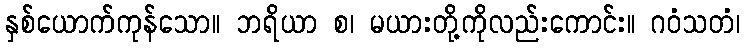
နှစ်ယောက်ကုန်သော။ ဘရိယာ စ၊ မယားတို့ကိုလည်းကောင်း။ ဂဝံသတံ၊